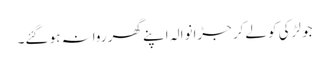
جو لڑکی کو لےکر جڑانوالہ اپنے گھر روانہ ہو گئے۔